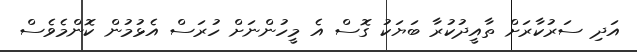
އަދި ސަރުކާރަށް ތާއީދުކުރާ ބަޔަކު ގޮސް އެ މީހުންނަށް ހުރަސް އެޅުމުން ކޮންމެވެސް